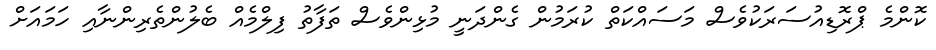
ކޮންމެ ޕްރޮޑިއުސަރަކުވެސް މަސައްކަތް ކުރަމުން ގެންދަނީ މުޅިންވެސް ތަފާތު ފިލްމެއް ބެލުންތެރިންނާއި ހަމައަށް